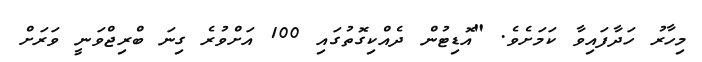
މިހާރު ހަދާފައިވާ ކަމަށެވެ. "އޮޑިޓުން ދެއްކިގޮތުގައި 100 އަށްވުރެ ގިނަ ބްރިޖްވަނީ ވަރަށް